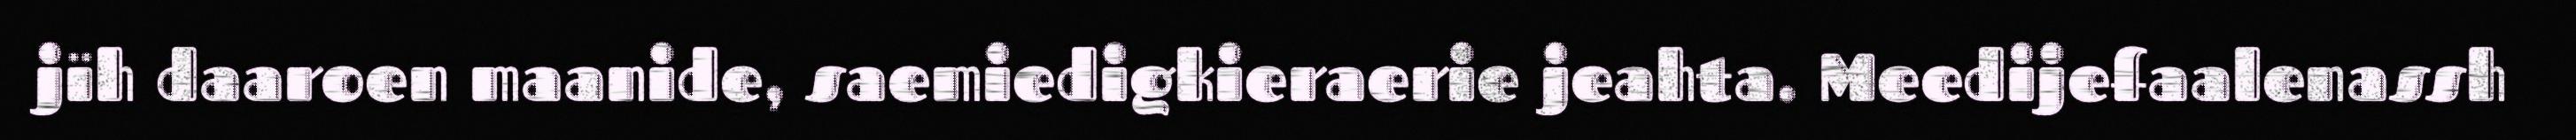
jïh daaroen maanide, saemiedigkieraerie jeahta. Meedijefaalenassh